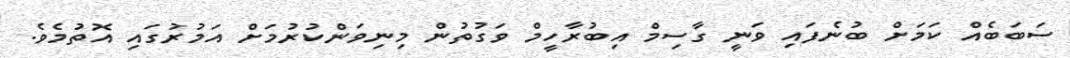
ސަބަބެއް ކަމަށް ބުނެފައި ވަނީ ގާސިމް އިބުރާހީމް ވަގުތުން މިނިވަންްކުރުމަށް އަމުރުގައި އޮތުމެވެ.